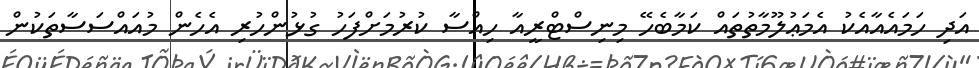
އަދި ހަމައެއާއެކު އެމަޢުލޫމާތުތައް ކަމާބެހޭ މިނިސްޓްރީއާ ހިއްސާ ކުރުމަށްފަހު ގުޅުންހުރި އެހެން މުއައްސަސާތަކުން